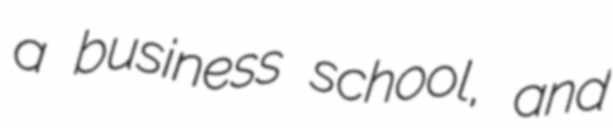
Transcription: a business school, and